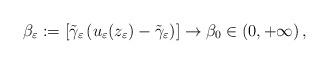
LaTeX: \begin{align*}\beta_\varepsilon:= \left[\tilde{\gamma}_\varepsilon\left(u_\varepsilon(z_\varepsilon)-\tilde{\gamma}_\varepsilon \right) \right]\to\beta_0\in(0,+\infty)\,,\end{align*}